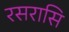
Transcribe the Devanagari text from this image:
रसरासि